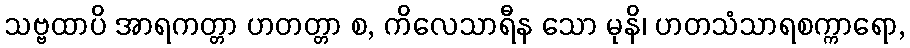
သဗ္ဗထာပိ အာရကတ္တာ ဟတတ္တာ စ, ကိလေသာရီန သော မုနိ၊ ဟတသံသာရစက္ကာရော,